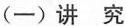
(─)讲究